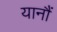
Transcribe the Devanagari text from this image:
यानौं